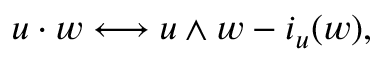
u \cdot w \longleftrightarrow u \wedge w - i _ { u } ( w ) ,